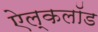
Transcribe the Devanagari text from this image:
ऐल्कलॉड